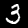
Digit: 3